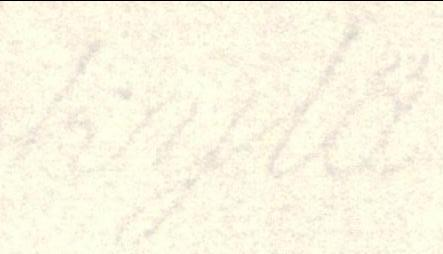
kylä